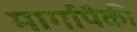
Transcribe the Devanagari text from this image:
मार्गापैकी